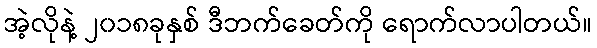
အဲ့လိုနဲ့ ၂၀၁၈ခုနှစ် ဒီဘက်ခေတ်ကို ရောက်လာပါတယ်။